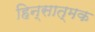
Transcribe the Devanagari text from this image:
हिन्सात्मक